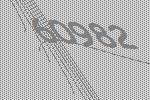
60982